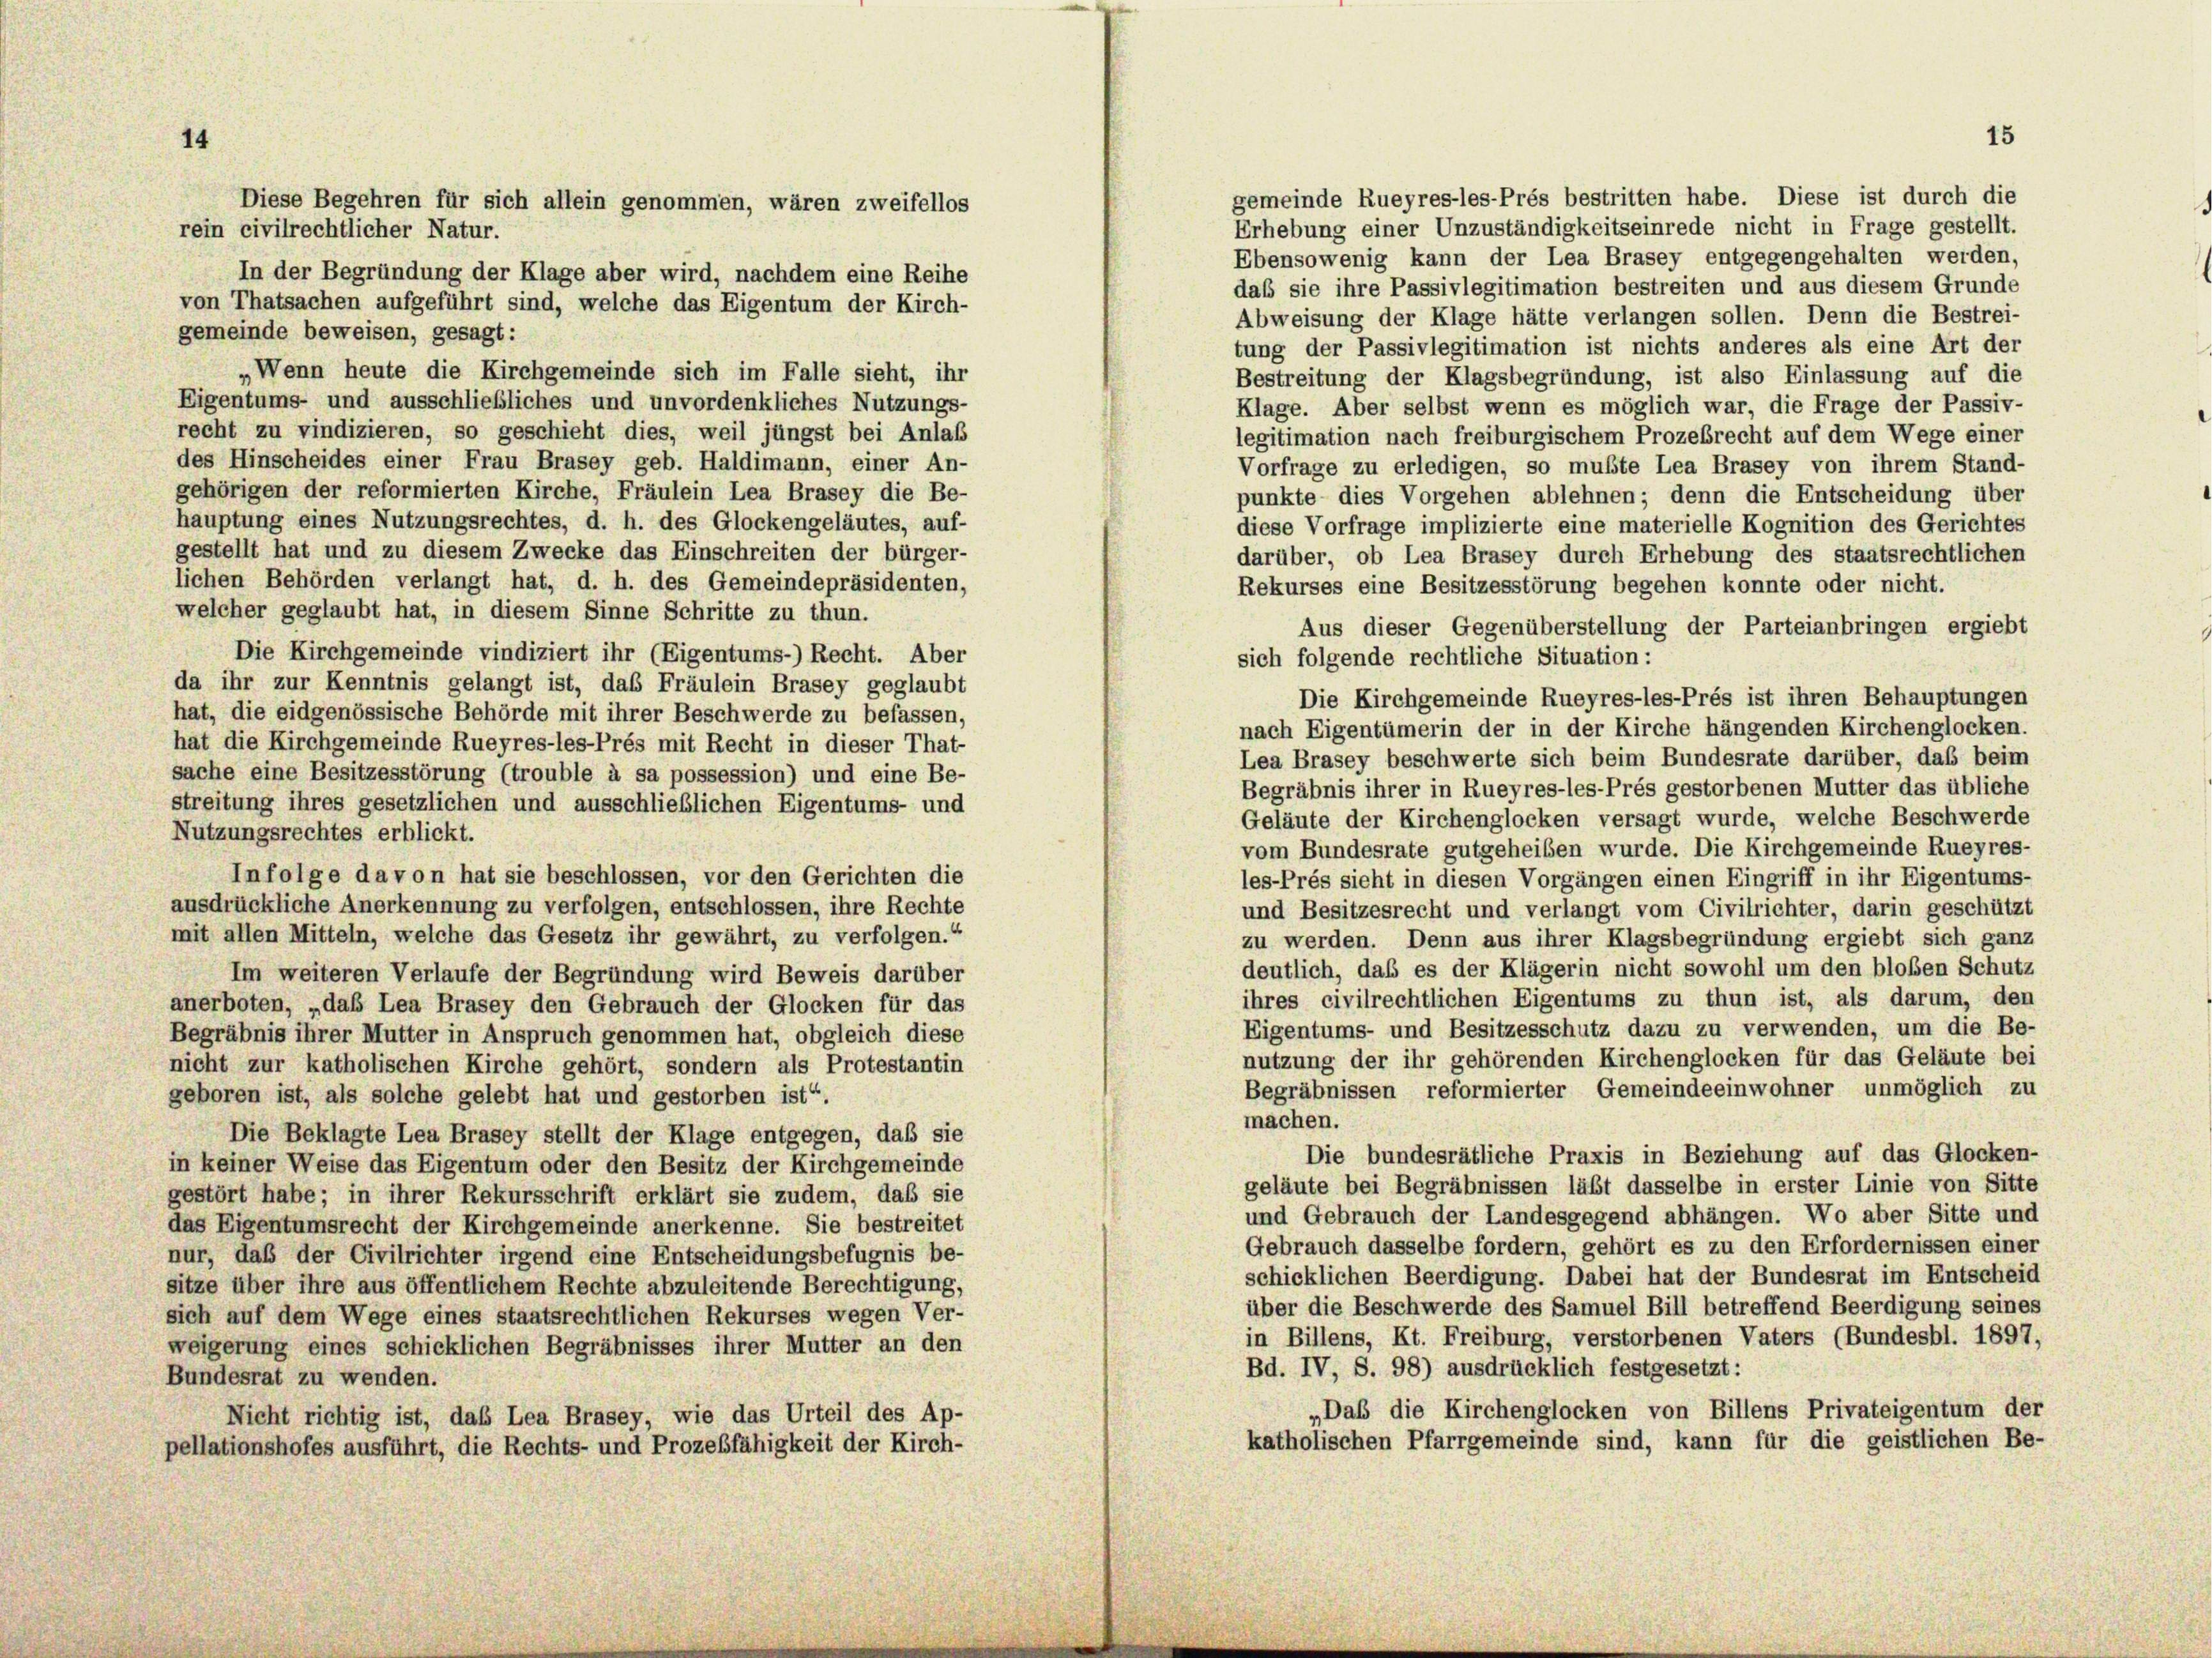
gemeinde Rueyres-les-Prés bestritten habe. Diese ist durch die
Erhebung einer Unzuständigkeitseinrede nicht in Frage gestellt.
Ebensowenig kann der Lea Brasey entgegengehalten werden,
In der Begründung der Klage aber wird, nachdem eine Reihe
daß sie ihre Passivlegitimation bestreiten und aus diesem Grunde
von Thatsachen aufgeführt sind, welche das Eigentum der Kirch-
Abweisung der Klage hätte verlangen sollen. Denn die Bestrei-
gemeinde beweisen, gesagt:
tung der Passivlegitimation ist nichts anderes als eine Art der
„Wenn heute die Kirchgemeinde sich im Falle sieht, ihr
Bestreitung der Klagsbegründung, ist also Einlassung auf die
Eigentums- und ausschließliches und unvordenkliches Nutzungs-
Klage. Aber selbst wenn es möglich war, die Frage der Passiv-
recht zu vindizieren, so geschieht dies, weil jüngst bei Anlaß
legitimation nach freiburgischem Prozesrecht auf dem Wege einer
des Hinscheides einer Frau Brasey geb. Haldimann, einer An-
Vorfrage zu erledigen, so mußte Lea Brasey von ihrem Stand-
gehörigen der reformierten Kirche, Fräulein Lea Brasey die Be-
punkte dies Vorgehen ablehnen; denn die Entscheidung über
hauptung eines Nutzungsrechtes, d. h. des Glockengeläutes, auf-
diese Vorfrage implizierte eine materielle Kognition des Gerichtes
gestellt hat und zu diesem Zwecke das Einschreiten der bürger-
darüber, ob Lea Brasey durch Erhebung des staatsrechtlichen
lichen Behörden verlangt hat, d. h. des Gemeindepräsidenten,
Rekurses eine Besitzesstörung begehen konnte oder nicht.
welcher geglaubt hat, in diesem Sinne Schritte zu thun.
Aus dieser Gegenüberstellung der Parteianbringen ergiebt
Die Kirchgemeinde vindiziert ihr (Eigentums-) Recht. Aber
sich folgende rechtliche Situation:
da ihr zur Kenntnis gelangt ist, das Fräulein Brasey geglaubt
Die Kirchgemeinde Rueyres-les-Prés ist ihren Behauptungen
hat, die eidgenössische Behörde mit ihrer Beschwerde zu befassen,
nach Eigentümerin der in der Kirche hängenden Kirchenglocken.
hat die Kirchgemeinde Rueyres-les-Prés mit Recht in dieser That-
Lea Brasey beschwerte sich beim Bundesrate darüber, daß beim
sache eine Besitzesstörung (trouble à sa possession) und eine Be-
Begräbnis ihrer in Rueyres-les-Prés gestorbenen Mutter das übliche
streitung ihres gesetzlichen und ausschließlichen Eigentums- und
Geläute der Kirchenglocken versagt wurde, welche Beschwerde
Nutzungsrechtes erblickt.
vom Bundesrate gutgeheiben wurde. Die Kirchgemeinde Rueyres-
Infolge davon hat sie beschlossen, vor den Gerichten die
les-Prés sieht in diesen Vorgängen einen Eingriff in ihr Eigentums-
ausdrückliche Anerkennung zu verfolgen, entschlossen, ihre Rechte
und Besitzesrecht und verlangt vom Civilrichter, darin geschützt
mit allen Mitteln, welche das Gesetz ihr gewährt, zu verfolgen.“
zu werden. Denn aus ihrer Klagsbegründung ergiebt sich ganz
deutlich, daß es der Klägerin nicht sowohl um den bloßen Schutz
Im weiteren Verlaufe der Begründung wird Beweis darüber
ihres civilrechtlichen Eigentums zu thun ist, als darum, den
anerboten, „daß Lea Brasey den Gebrauch der Glocken für das
Eigentums- und Besitzesschutz dazu zu verwenden, um die Be-
Begräbnis ihrer Mutter in Anspruch genommen hat, obgleich diese
nutzung der ihr gehörenden Kirchenglocken für das Geläute bei
nicht zur katholischen Kirche gehört, sondern als Protestantin
Begräbnissen reformierter Gemeindeeinwohner unmöglich zu
geboren ist, als solche gelebt hat und gestorben ist“.
machen.
Die Beklagte Lea Brasey stellt der Klage entgegen, daß sie
Die bundesrätliche Praxis in Beziehung auf das Glocken-
in keiner Weise das Eigentum oder den Besitz der Kirchgemeinde
geläute bei Begräbnissen läßt dasselbe in erster Linie von Sitte
gestört habe; in ihrer Rekursschrift erklärt sie zudem, daß sie
und Gebrauch der Landesgegend abhängen. Wo aber Sitte und
das Eigentumsrecht der Kirchgemeinde anerkenne. Sie bestreitet
Gebrauch dasselbe fordern, gehört es zu den Erfordernissen einer
nur, daß der Civilrichter irgend eine Entscheidungsbefugnis be-
schicklichen Beerdigung. Dabei hat der Bundesrat im Entscheid
sitze über ihre aus öffentlichem Rechte abzuleitende Berechtigung,
über die Beschwerde des Samuel Bill betreffend Beerdigung seines
sich auf dem Wege eines staatsrechtlichen Rekurses wegen Ver-
in Billens, Kt. Freiburg, verstorbenen Vaters (Bundesbl. 1897,
weigerung eines schicklichen Begräbnisses ihrer Mutter an den
Bd. IV, S. 98) ausdrücklich festgesetzt:
Bundesrat zu wenden.
„Das die Kirchenglocken von Billens Privateigentum der
Nicht richtig ist, das Lea Brasey, wie das Urteil des Ap-
katholischen Pfarrgemeinde sind, kann für die geistlichen Be-
pellationshofes ausführt, die Rechts- und Prozeßfähigkeit der Kirch-

rein civilrechtlicher Natur.

Diese Begehren für sich allein genommen, wären zweifellos

5